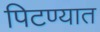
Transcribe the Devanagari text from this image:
पिटण्यात